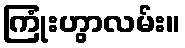
ကြုံးဟွာလမ်း။